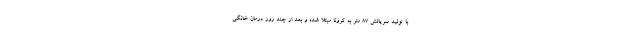
با تولید سریالش ۸۷ متر به کرونا مبتلا شده و بعد از چند روز درمان خانگی